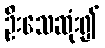
ဦးသေဆုံး၍